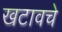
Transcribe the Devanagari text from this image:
खटावचे